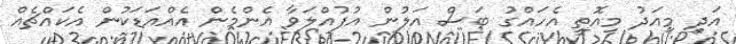
އަދި މިއަދު މިއޮތީ އެހައްގު ބަސް އަލުން އުފުއްލަވާ އެންމެން އެއްއަޑަކުން އެކައްޗެއް